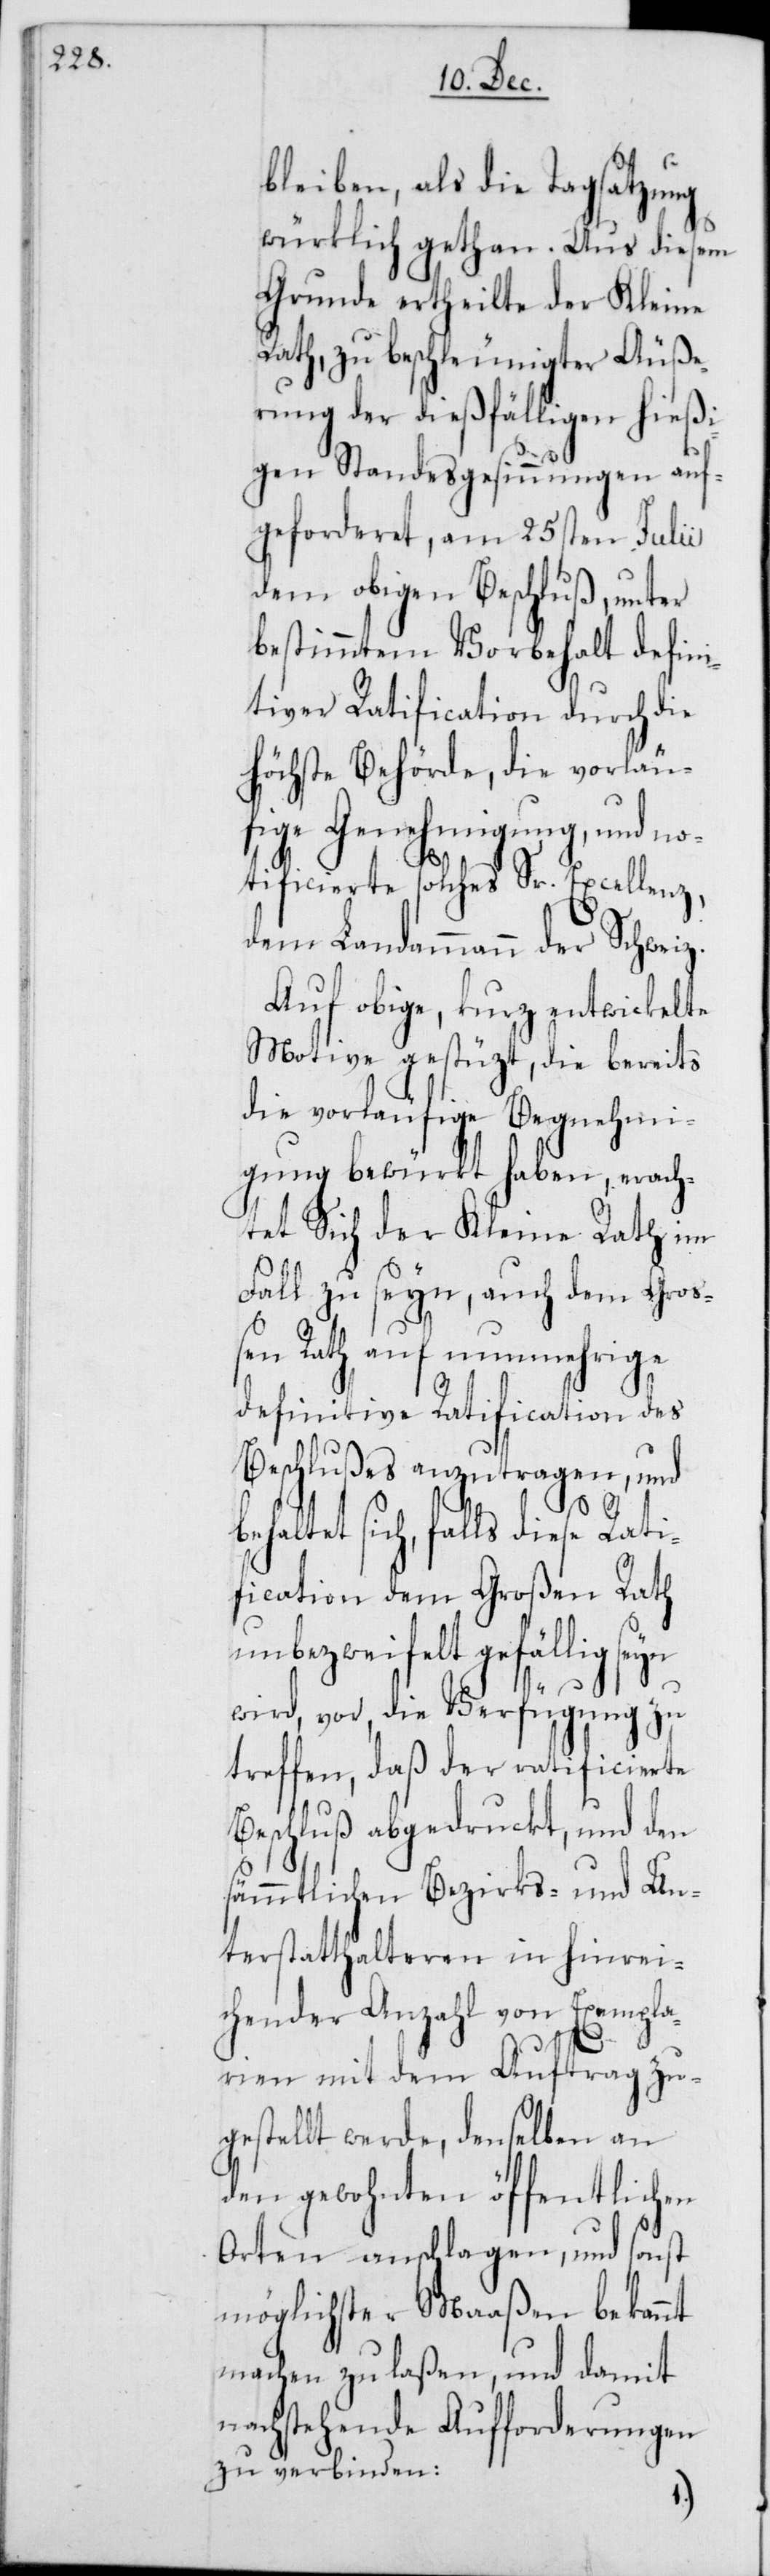
bleiben, als die Tagsatzung
würklich gethan. Aus diesem
Grunde ertheilte der Kleine
Rath, zu beschleunigter Äuße¬
rung der dießfälligen hießi¬
gen Standesgesinnungen auf¬
geforderet, am 25sten Julii
dem obigen Beschluß, unter
bestimmtem Vorbehalt defini¬
tiver Ratification durch die
höchste Behörde, die vorläu¬
fige Genehmigung, und no¬
tificierte solches Sr. Excellenz,
dem Landammann der Schweiz.
Auf obige, kurz entwickelte
Motive gestüzt, die bereits
die vorläufige Begnehmi¬
gung bewürkt haben, erach¬
tet sich der Kleine Rath im
Fall zu seyn, auch dem Gro¬
ßen Rath auf nunmehrige
definitive Ratification des
Beschlußes anzutragen, und
behaltet sich, falls diese Rati¬
fication dem Großen Rath
unbezweifelt gefällig
wird, vor, die Verfügung zu
treffen, daß der ratificierte
Beschluß abgedruckt, und den
sämmtlichen Bezirks- und Un¬
terstatthalteren in hinrei¬
chender Anzahl von Exempla¬
ren mit dem Auftrag zu¬
gestellt werde, denselben an
den gewohnten öffentlichen
Orten anschlagen, und sonst
möglichster Maaßen bekannt
machen zu laßen, und damit
nachstehende Aufforderungen
zu verbinden: